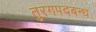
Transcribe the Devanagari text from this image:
तुरगपदबन्ध